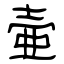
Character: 壷